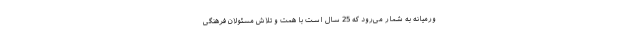
ورمیانه به شمار می‌رود که 25 سال است با همت و تلاش مسئولان فرهنگی